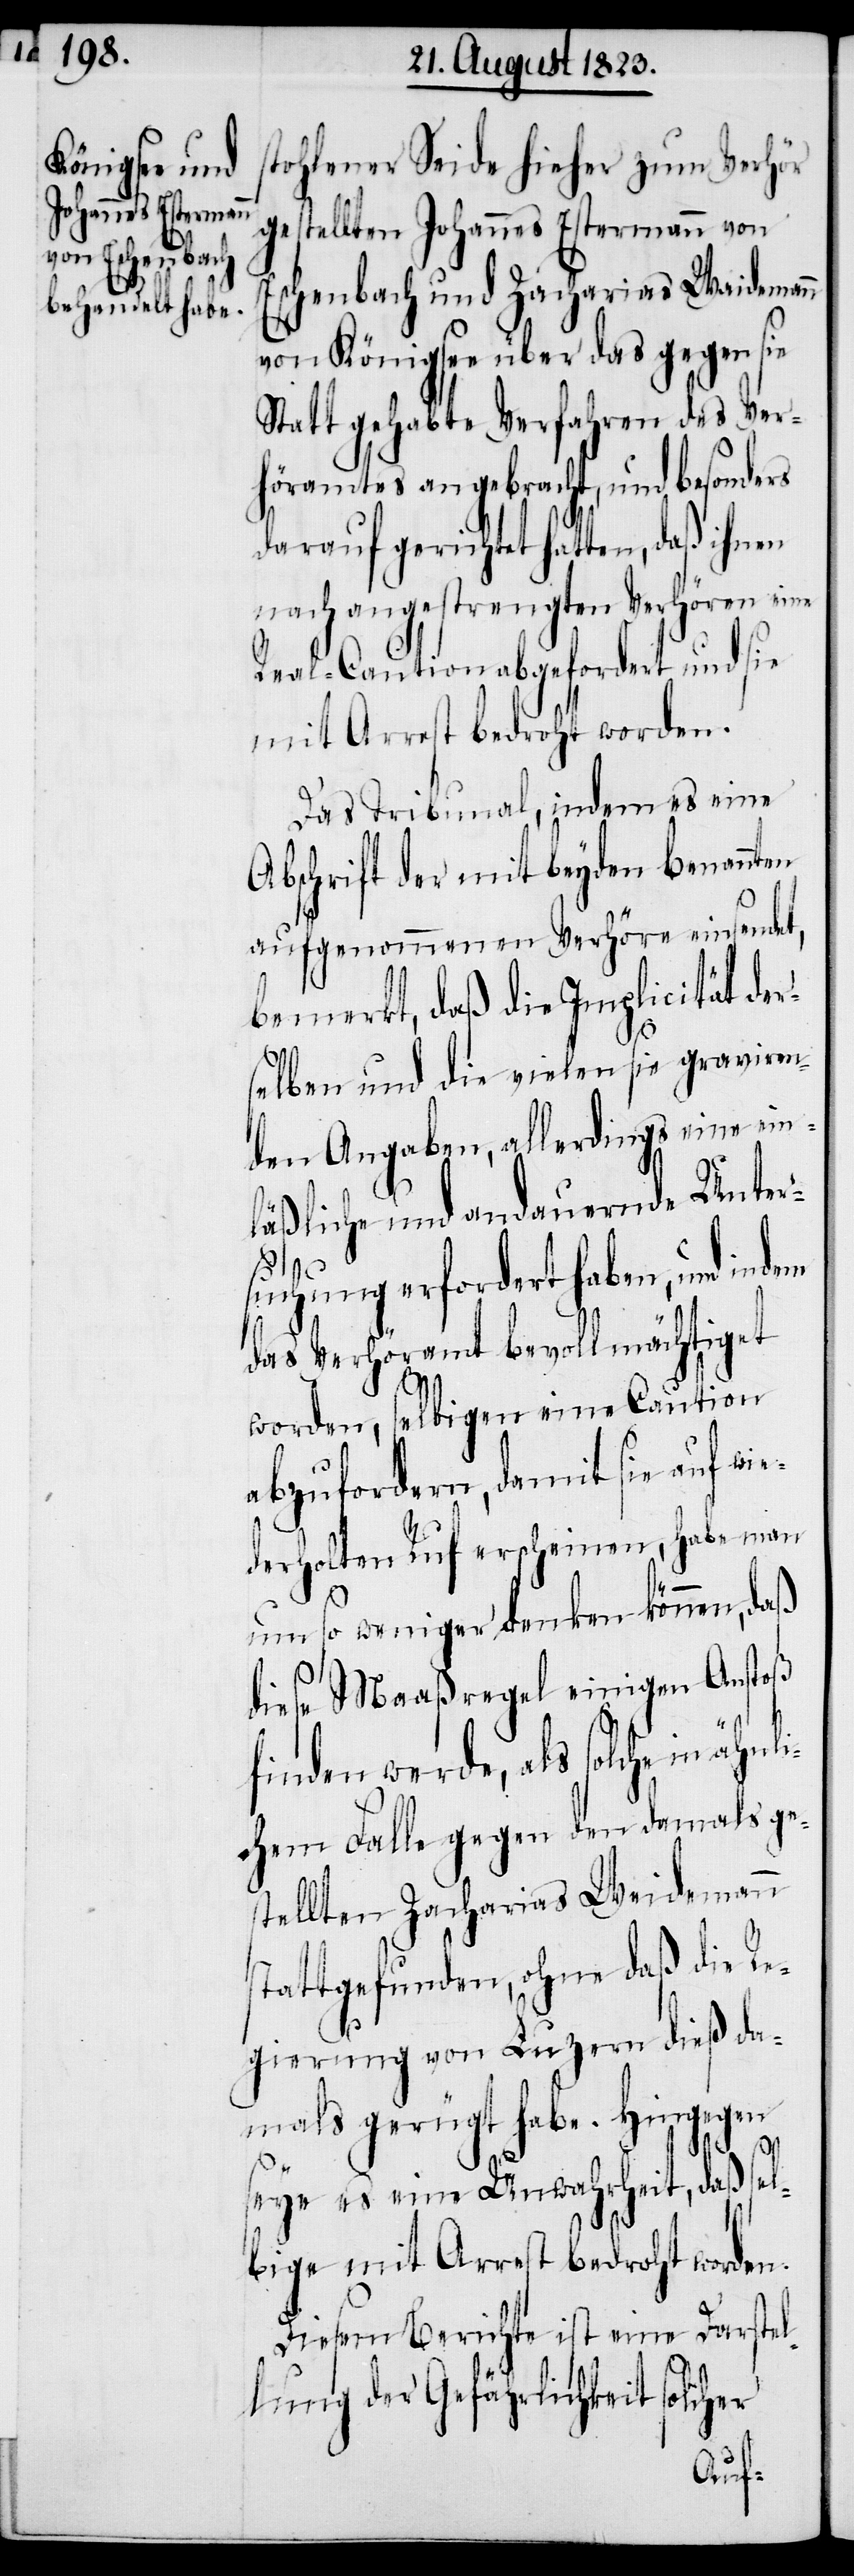
stohlener Seide hieher zum Verhör
gestellten Johannes Estermann von
chenbach und Zacharias Waidemann
von Königsee über das gegen sie
Statt gehabte Verfahren des Ver¬
höramtes angebracht, und besonders
darauf gerichtet hatten, daß ihnen
nach angestrengten Verhören eine
Real-Caution abgefordert und sie
mit Arrest bedroht worden.
Das Tribunal, indem es eine
Abschrift der mit beyden benannten
aufgenommenen Verhöre einsendet,
bemerkt, daß die Implicität de¬
selben und die vielen sie graviren¬
den Angaben, allerdings eine ein¬
läßliche und andauernde Unter¬
suchung erfordert haben, und
das Verhöramt bevollmächtiget
r¬
worden, selbigen eine Caution
abzufordern, damit sie auf wi¬
ederholten Ruf erscheinen, habe man
Es¬
umso weniger denken können, daß
diese Maaßregel einigen Anstoß
finden werde, als solche in ähn¬
lichem Falle gegen den damals ge¬
stellten Zacharias Weidemann
stattgefunden, ohne daß die Re¬
gierung von Luzern dieß da¬
mals gerügt habe. Hingegen
seye es eine Unwahrheit, daß sel¬
bige mit Arrest bedroht worden.
Diesem Berichte ist eine Darstel¬
lung der Gefährlichkeit solcher